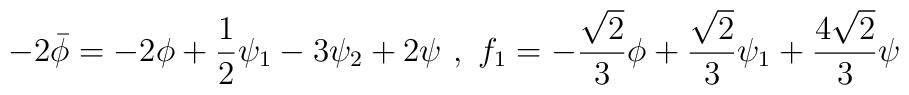
-2 \bar{\phi} = -2 \phi + \frac{1}{2} \psi_1  -3 \psi_2  + 2 \psi  \ , \   f_1= - \frac{\sqrt{2}}{3} \phi + \frac{\sqrt{2}}{3} \psi_1  + \frac{4\sqrt{2}}{3} \psi